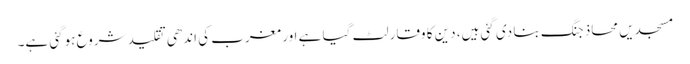
مسجدیں محاذ جنگ بنا دی گئی ہیں، دین کا وقار لٹ گیا ہے اور مغرب کی اندھی تقلید شروع ہوگئی ہے۔